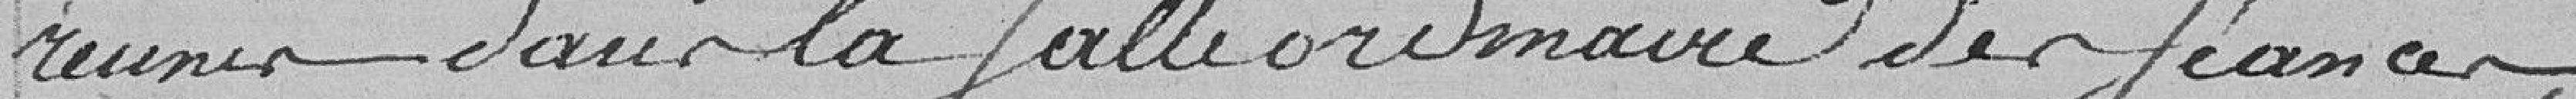
réunis dans la grande salle ordinaire des séances